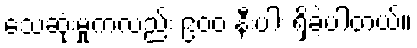
သေဆုံးမှုကလည်း ၉၀၀ နီးပါး ရှိခဲ့ပါတယ်။